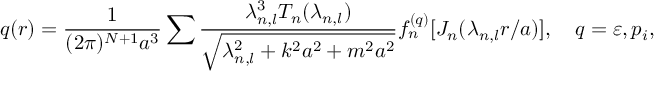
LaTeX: q ( r ) = \frac { 1 } { ( 2 \pi ) ^ { N + 1 } a ^ { 3 } } \sum _ { { \bf \alpha } } \frac { \lambda _ { n , l } ^ { 3 } T _ { n } ( \lambda _ { n , l } ) } { \sqrt { \lambda _ { n , l } ^ { 2 } + k ^ { 2 } a ^ { 2 } + m ^ { 2 } a ^ { 2 } } } f _ { n } ^ { ( q ) } [ J _ { n } ( \lambda _ { n , l } r / a ) ] , \quad q = \varepsilon , p _ { i } ,